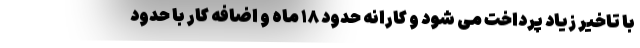
با تاخیر زیاد پرداخت می شود و کارانه حدود ۱۸ ماه و اضافه کار با حدود